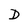
Character: D